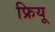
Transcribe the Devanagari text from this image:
फ्रियू